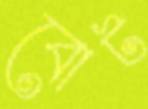
বোট